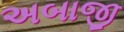
અબાજી